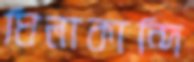
ঘিলাকান্দি